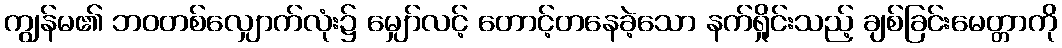
ကျွန်မ၏ ဘဝတစ်လျှောက်လုံး၌ မျှော်လင့် တောင့်တနေခဲ့သော နက်ရှိုင်းသည့် ချစ်ခြင်းမေတ္တာကို